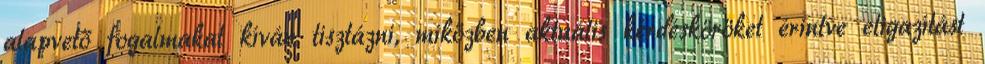
alapvető fogalmakat kíván tisztázni, miközben aktuális kérdésköröket érintve eligazítást